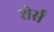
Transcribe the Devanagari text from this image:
शेर्स